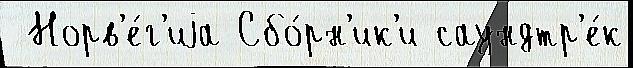
 Норв'е́г'иjа Сбо́рн'ик'и саундтр'е́к